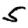
Digit: 5